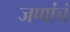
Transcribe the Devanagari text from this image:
जणांचं